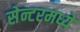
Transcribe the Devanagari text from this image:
सेन्टरमध्ये